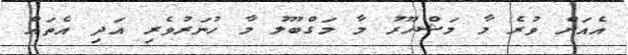
އެއަށް ވުރެ މާ މަޝްހޫރު މާ މަގްބޫލު މާ ހުނަރުވެރި އަދި އެތައް